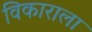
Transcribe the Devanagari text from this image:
विकाराला